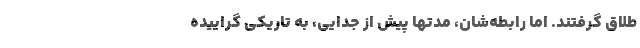
طلاق گرفتند. اما رابطه‌شان، مدتها پیش از جدایی، به تاریکی گرايیده